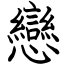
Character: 戀